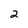
Character: 2